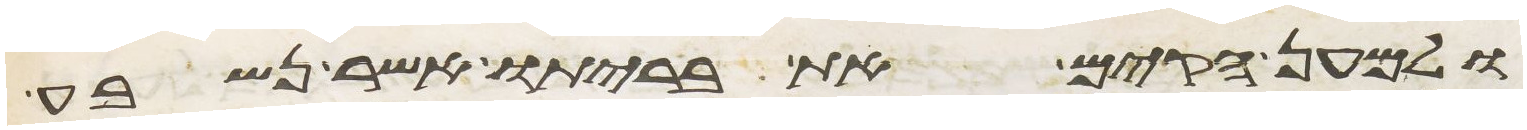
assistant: ולמען הקים את בריתו אשר נשבע